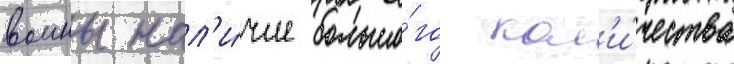
воины нал'и́чие большо́го кол'и́чества